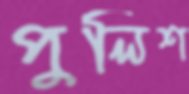
পুলিশ